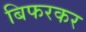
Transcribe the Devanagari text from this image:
बिफरकर